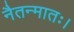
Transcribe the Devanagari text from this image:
नैतन्मातः।